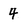
Character: 4